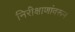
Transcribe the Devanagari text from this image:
निरीक्षाणांवरून